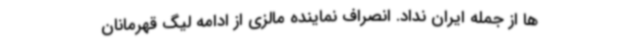
ها از جمله ایران نداد. انصراف نماینده مالزی از ادامه لیگ قهرمانان